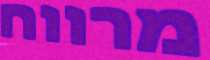
מרווח